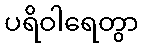
ပရိဝါရေတွာ